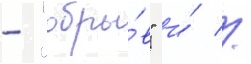
- "обры́в" и́ //